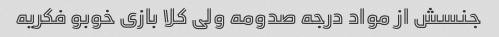
جنسش از مواد درجه صدومه ولی کلا بازی خوبو فکریه